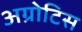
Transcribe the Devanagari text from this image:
अग्रोटिस